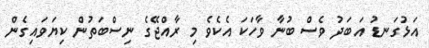
އަޅުގަނޑު އަބަދު ވެސް ބުނާ ވާހަކަ އެކެވެ މި ރާއްޖޭގެ ނިސްބަތުން ކިޔަވައިގެން